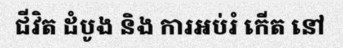
ជីវិត ដំបូង និង ការអប់រំ កើត នៅ